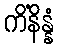
ကိံနိန္နံ